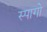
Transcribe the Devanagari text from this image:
स्पागो